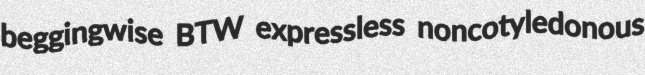
beggingwise BTW expressless noncotyledonous